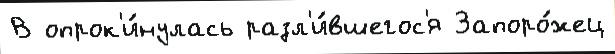
В опрок'и́нулась разл'и́вшегос'я Запоро́жец